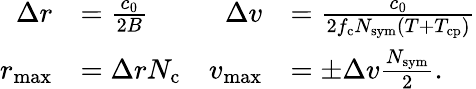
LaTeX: \begin{array}{rlrl}{\Delta r}&{=\frac{c_{0}}{2B}}&{\Delta v}&{=\frac{c_{0}}{2f_{\mathrm{c}}N_{\mathrm{sym}}\left(T+T_{\mathrm{cp}}\right)}}\\ {r_{\mathrm{max}}}&{=\Delta rN_{\mathrm{c}}}&{v_{\mathrm{max}}}&{=\pm\Delta v\frac{N_{\mathrm{sym}}}{2}.}\end{array}